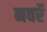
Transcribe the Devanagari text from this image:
नवर्रे